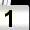
Digit: 1